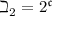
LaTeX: \beth _ { 2 } = 2 ^ { \mathfrak { c } }